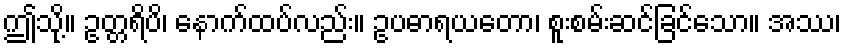
ဤသို့။ ဥတ္တရိပိ၊ နောက်ထပ်လည်း။ ဥပဓာရယတော၊ စူးစမ်းဆင်ခြင်သော။ အဿ၊